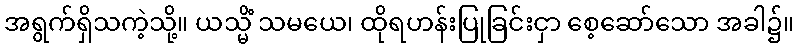
အရွက်ရှိသကဲ့သို့။ ယသ္မိံ သမယေ၊ ထိုရဟန်းပြုခြင်းငှာ စေ့ဆော်သော အခါ၌။